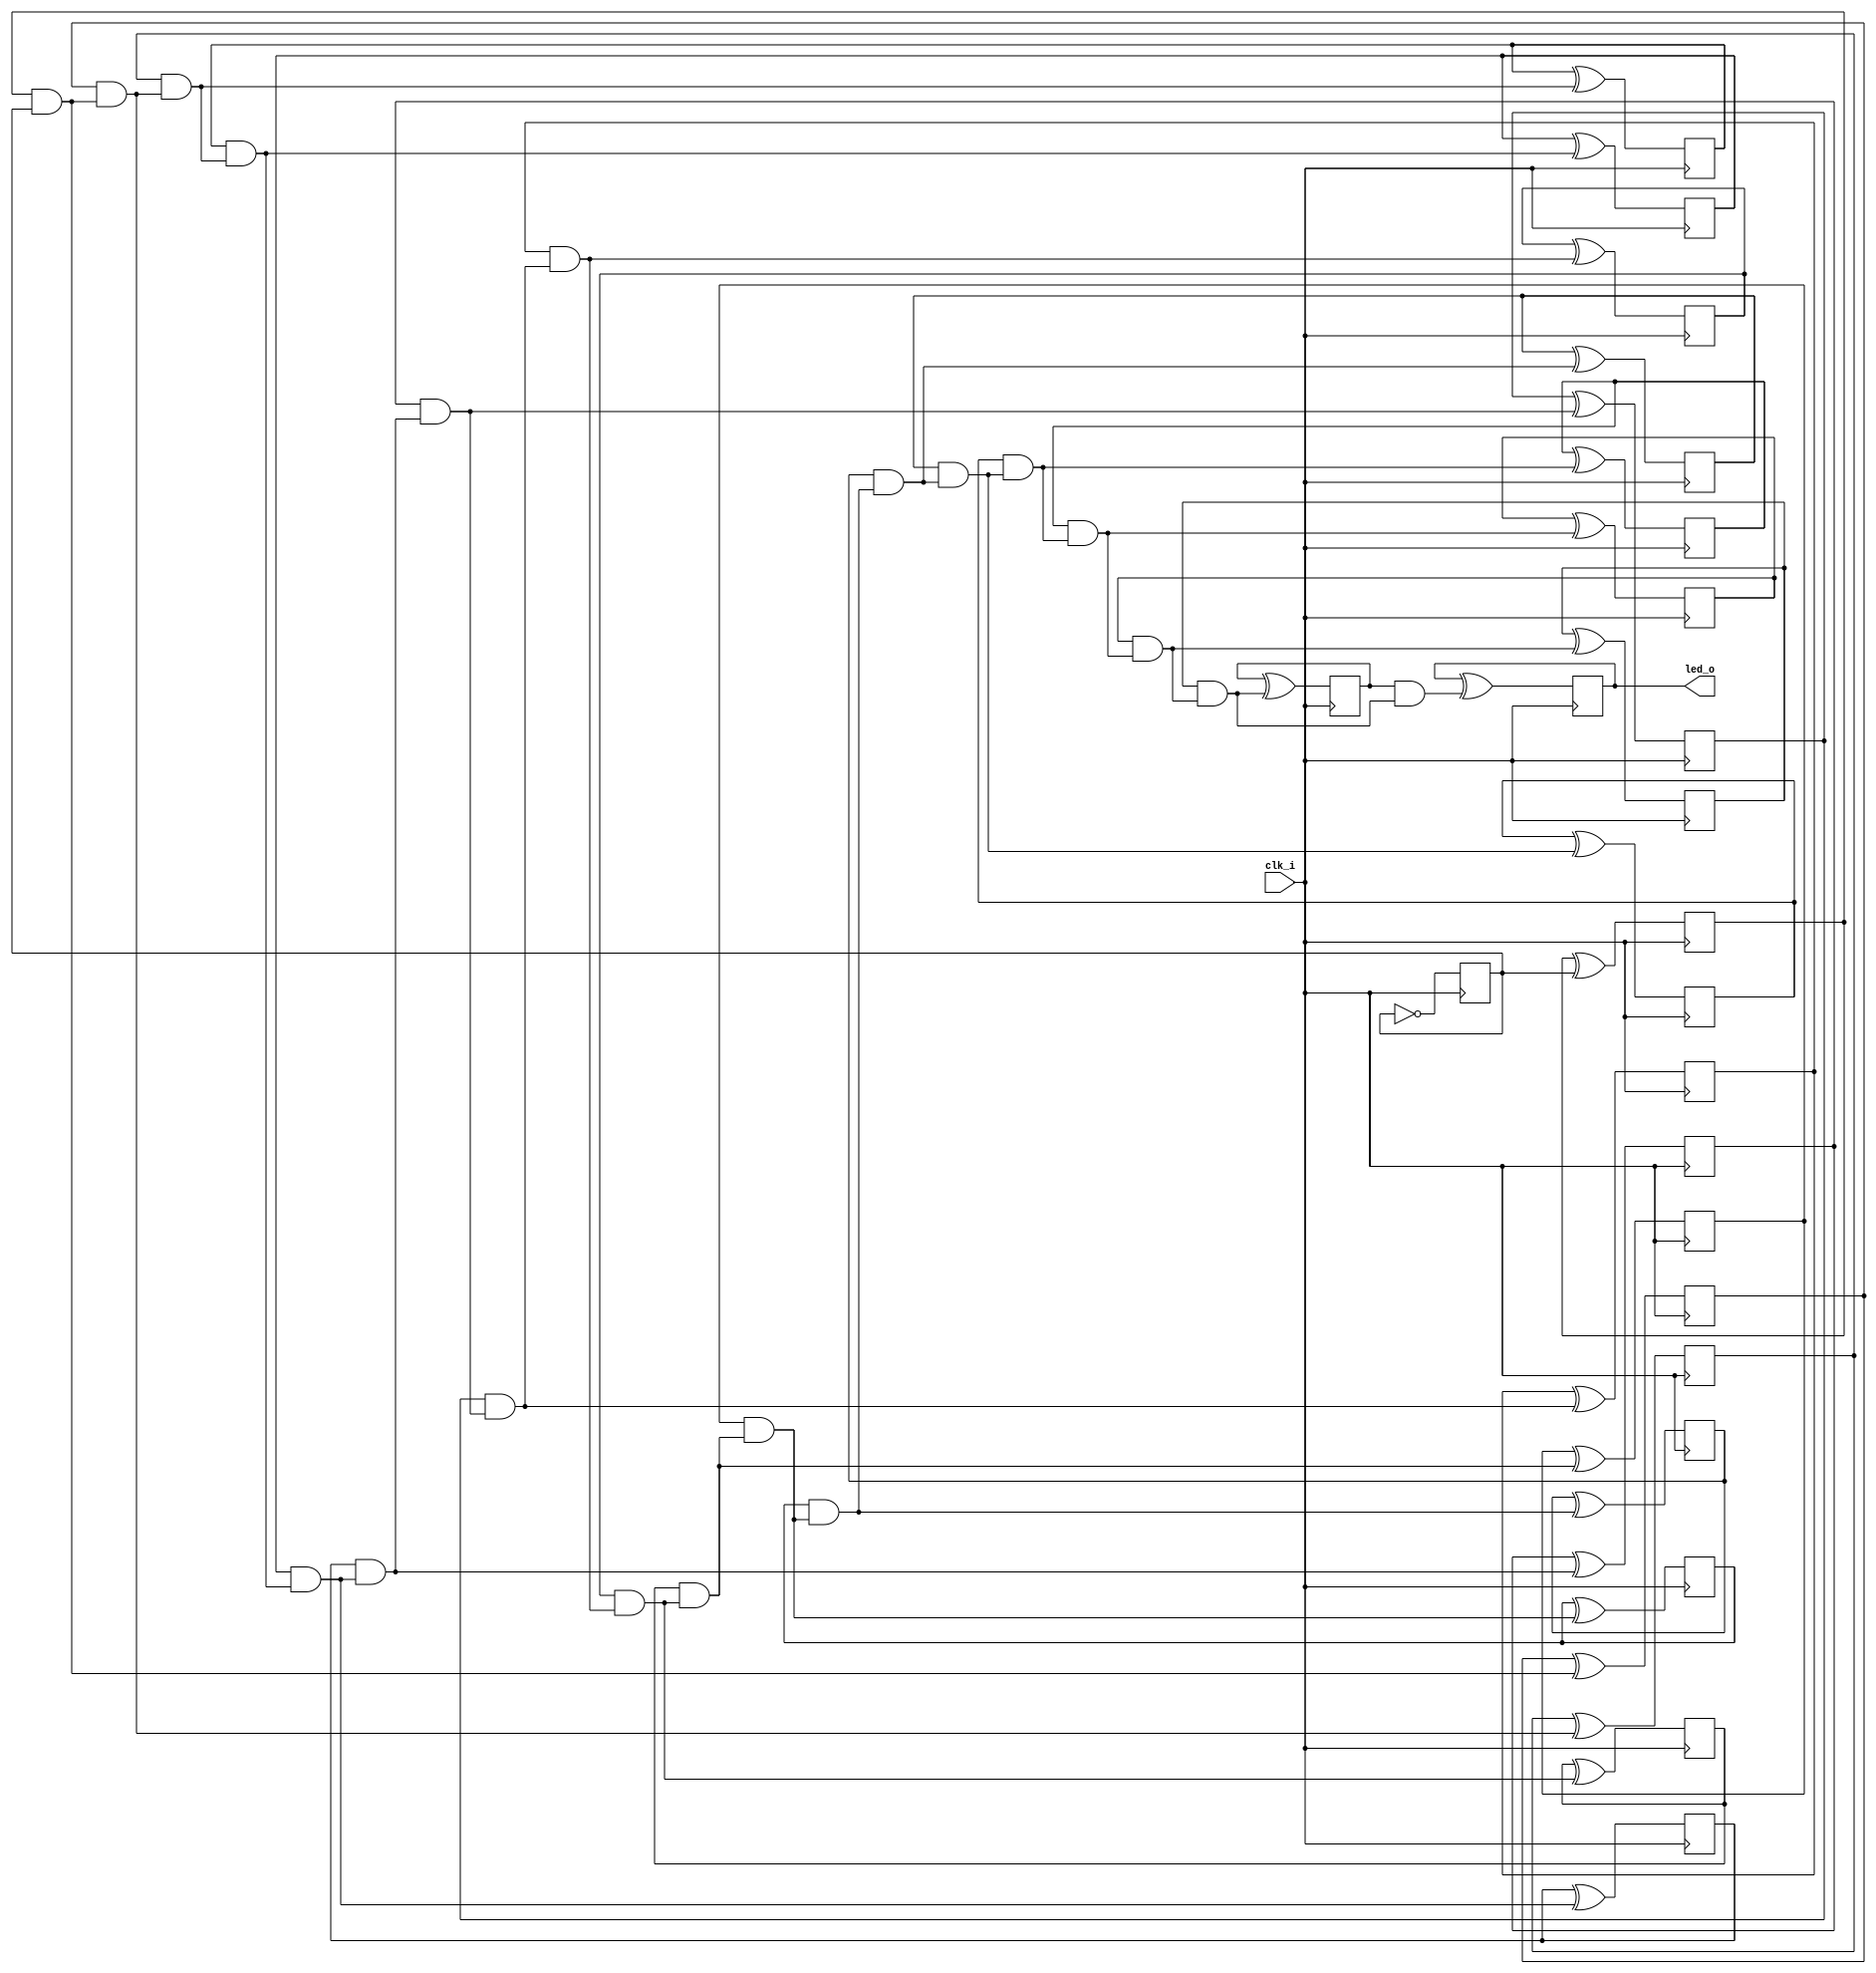
// Generated by MyHDL 0.11


`timescale 1ns/10ps

module blinker (
    clk_i,
    led_o
);
// Inputs:
//   clk_i:  This is a clock signal input.
//   length: This is the number of bits in the counter that generates the led_o output.
// Outputs:
//   led_o:  This is an output signal that drives an LED on and off.

input clk_i;
output led_o;
wire led_o;

wire [21:0] cnt;
wire [21:0] k_one;
wire [21:0] k_next_cnt;
reg k_chunk_insts_0_chunk_insts_21_q_o;
reg k_chunk_insts_0_chunk_insts_20_q_o;
reg k_chunk_insts_0_chunk_insts_19_q_o;
reg k_chunk_insts_0_chunk_insts_12_q_o;
reg k_chunk_insts_0_chunk_insts_18_q_o;
reg k_chunk_insts_0_chunk_insts_17_q_o;
reg k_chunk_insts_0_chunk_insts_16_q_o;
reg k_chunk_insts_0_chunk_insts_15_q_o;
reg k_chunk_insts_0_chunk_insts_14_q_o;
reg k_chunk_insts_0_chunk_insts_13_q_o;
reg k_chunk_insts_0_chunk_insts_11_q_o;
reg k_chunk_insts_0_chunk_insts_10_q_o;
reg k_chunk_insts_0_chunk_insts_9_q_o;
reg k_chunk_insts_0_chunk_insts_8_q_o;
reg k_chunk_insts_0_chunk_insts_7_q_o;
reg k_chunk_insts_0_chunk_insts_6_q_o;
reg k_chunk_insts_0_chunk_insts_3_q_o;
reg k_chunk_insts_0_chunk_insts_5_q_o;
reg k_chunk_insts_0_chunk_insts_4_q_o;
reg k_chunk_insts_0_chunk_insts_2_q_o;
reg k_chunk_insts_0_chunk_insts_1_q_o;
reg k_chunk_insts_0_chunk_insts_0_q_o;
wire [21:0] k_chunk_insts_0_chunk_insts_0_k_a;
wire [22:0] k_k_c;
wire k_k_chunk_insts_5_c_o;
wire k_k_chunk_insts_5_s_o;
wire k_k_chunk_insts_7_c_o;
wire k_k_chunk_insts_7_s_o;
wire k_k_chunk_insts_6_c_o;
wire k_k_chunk_insts_6_s_o;
wire k_k_chunk_insts_17_c_o;
wire k_k_chunk_insts_17_s_o;
wire k_k_chunk_insts_16_c_o;
wire k_k_chunk_insts_16_s_o;
wire k_k_chunk_insts_15_c_o;
wire k_k_chunk_insts_15_s_o;
wire k_k_chunk_insts_18_c_o;
wire k_k_chunk_insts_18_s_o;
wire k_k_chunk_insts_13_c_o;
wire k_k_chunk_insts_13_s_o;
wire k_k_chunk_insts_12_c_o;
wire k_k_chunk_insts_12_s_o;
wire k_k_chunk_insts_14_c_o;
wire k_k_chunk_insts_14_s_o;
wire k_k_chunk_insts_19_c_o;
wire k_k_chunk_insts_19_s_o;
wire k_k_chunk_insts_20_c_o;
wire k_k_chunk_insts_20_s_o;
wire k_k_chunk_insts_10_c_o;
wire k_k_chunk_insts_10_s_o;
wire k_k_chunk_insts_21_c_o;
wire k_k_chunk_insts_21_s_o;
wire k_k_chunk_insts_22_c_o;
wire k_k_chunk_insts_22_s_o;
wire k_k_k_c_o;
wire k_k_k_s_o;
wire k_k_chunk_insts_11_c_o;
wire k_k_chunk_insts_11_s_o;
wire k_k_chunk_insts_4_c_o;
wire k_k_chunk_insts_4_s_o;
wire k_k_chunk_insts_3_c_o;
wire k_k_chunk_insts_3_s_o;
wire k_k_chunk_insts_2_c_o;
wire k_k_chunk_insts_2_s_o;
wire k_k_chunk_insts_1_c_o;
wire k_k_chunk_insts_1_s_o;
wire k_k_chunk_insts_0_c_o;
wire k_k_chunk_insts_0_s_o;
wire [21:0] k_k_chunk_insts_0_chunk_insts_8_a;
wire [22:0] k_k_chunk_insts_0_chunk_insts_9_a;

assign k_one = 22'd1;
assign k_chunk_insts_0_chunk_insts_0_k_a[21] = k_chunk_insts_0_chunk_insts_21_q_o;
assign k_chunk_insts_0_chunk_insts_0_k_a[20] = k_chunk_insts_0_chunk_insts_20_q_o;
assign k_chunk_insts_0_chunk_insts_0_k_a[19] = k_chunk_insts_0_chunk_insts_19_q_o;
assign k_chunk_insts_0_chunk_insts_0_k_a[18] = k_chunk_insts_0_chunk_insts_12_q_o;
assign k_chunk_insts_0_chunk_insts_0_k_a[17] = k_chunk_insts_0_chunk_insts_18_q_o;
assign k_chunk_insts_0_chunk_insts_0_k_a[16] = k_chunk_insts_0_chunk_insts_17_q_o;
assign k_chunk_insts_0_chunk_insts_0_k_a[15] = k_chunk_insts_0_chunk_insts_16_q_o;
assign k_chunk_insts_0_chunk_insts_0_k_a[14] = k_chunk_insts_0_chunk_insts_15_q_o;
assign k_chunk_insts_0_chunk_insts_0_k_a[13] = k_chunk_insts_0_chunk_insts_14_q_o;
assign k_chunk_insts_0_chunk_insts_0_k_a[12] = k_chunk_insts_0_chunk_insts_13_q_o;
assign k_chunk_insts_0_chunk_insts_0_k_a[11] = k_chunk_insts_0_chunk_insts_11_q_o;
assign k_chunk_insts_0_chunk_insts_0_k_a[10] = k_chunk_insts_0_chunk_insts_10_q_o;
assign k_chunk_insts_0_chunk_insts_0_k_a[9] = k_chunk_insts_0_chunk_insts_9_q_o;
assign k_chunk_insts_0_chunk_insts_0_k_a[8] = k_chunk_insts_0_chunk_insts_8_q_o;
assign k_chunk_insts_0_chunk_insts_0_k_a[7] = k_chunk_insts_0_chunk_insts_7_q_o;
assign k_chunk_insts_0_chunk_insts_0_k_a[6] = k_chunk_insts_0_chunk_insts_6_q_o;
assign k_chunk_insts_0_chunk_insts_0_k_a[5] = k_chunk_insts_0_chunk_insts_3_q_o;
assign k_chunk_insts_0_chunk_insts_0_k_a[4] = k_chunk_insts_0_chunk_insts_5_q_o;
assign k_chunk_insts_0_chunk_insts_0_k_a[3] = k_chunk_insts_0_chunk_insts_4_q_o;
assign k_chunk_insts_0_chunk_insts_0_k_a[2] = k_chunk_insts_0_chunk_insts_2_q_o;
assign k_chunk_insts_0_chunk_insts_0_k_a[1] = k_chunk_insts_0_chunk_insts_1_q_o;
assign k_chunk_insts_0_chunk_insts_0_k_a[0] = k_chunk_insts_0_chunk_insts_0_q_o;
assign k_k_chunk_insts_0_chunk_insts_8_a[21] = k_k_chunk_insts_5_s_o;
assign k_k_chunk_insts_0_chunk_insts_8_a[20] = k_k_chunk_insts_7_s_o;
assign k_k_chunk_insts_0_chunk_insts_8_a[19] = k_k_chunk_insts_6_s_o;
assign k_k_chunk_insts_0_chunk_insts_8_a[18] = k_k_chunk_insts_17_s_o;
assign k_k_chunk_insts_0_chunk_insts_8_a[17] = k_k_chunk_insts_16_s_o;
assign k_k_chunk_insts_0_chunk_insts_8_a[16] = k_k_chunk_insts_15_s_o;
assign k_k_chunk_insts_0_chunk_insts_8_a[15] = k_k_chunk_insts_18_s_o;
assign k_k_chunk_insts_0_chunk_insts_8_a[14] = k_k_chunk_insts_13_s_o;
assign k_k_chunk_insts_0_chunk_insts_8_a[13] = k_k_chunk_insts_12_s_o;
assign k_k_chunk_insts_0_chunk_insts_8_a[12] = k_k_chunk_insts_14_s_o;
assign k_k_chunk_insts_0_chunk_insts_8_a[11] = k_k_chunk_insts_19_s_o;
assign k_k_chunk_insts_0_chunk_insts_8_a[10] = k_k_chunk_insts_20_s_o;
assign k_k_chunk_insts_0_chunk_insts_8_a[9] = k_k_chunk_insts_10_s_o;
assign k_k_chunk_insts_0_chunk_insts_8_a[8] = k_k_chunk_insts_21_s_o;
assign k_k_chunk_insts_0_chunk_insts_8_a[7] = k_k_chunk_insts_22_s_o;
assign k_k_chunk_insts_0_chunk_insts_8_a[6] = k_k_k_s_o;
assign k_k_chunk_insts_0_chunk_insts_8_a[5] = k_k_chunk_insts_11_s_o;
assign k_k_chunk_insts_0_chunk_insts_8_a[4] = k_k_chunk_insts_4_s_o;
assign k_k_chunk_insts_0_chunk_insts_8_a[3] = k_k_chunk_insts_3_s_o;
assign k_k_chunk_insts_0_chunk_insts_8_a[2] = k_k_chunk_insts_2_s_o;
assign k_k_chunk_insts_0_chunk_insts_8_a[1] = k_k_chunk_insts_1_s_o;
assign k_k_chunk_insts_0_chunk_insts_8_a[0] = k_k_chunk_insts_0_s_o;
assign k_k_chunk_insts_0_chunk_insts_9_a[22] = k_k_chunk_insts_5_c_o;
assign k_k_chunk_insts_0_chunk_insts_9_a[21] = k_k_chunk_insts_7_c_o;
assign k_k_chunk_insts_0_chunk_insts_9_a[20] = k_k_chunk_insts_6_c_o;
assign k_k_chunk_insts_0_chunk_insts_9_a[19] = k_k_chunk_insts_17_c_o;
assign k_k_chunk_insts_0_chunk_insts_9_a[18] = k_k_chunk_insts_16_c_o;
assign k_k_chunk_insts_0_chunk_insts_9_a[17] = k_k_chunk_insts_15_c_o;
assign k_k_chunk_insts_0_chunk_insts_9_a[16] = k_k_chunk_insts_18_c_o;
assign k_k_chunk_insts_0_chunk_insts_9_a[15] = k_k_chunk_insts_13_c_o;
assign k_k_chunk_insts_0_chunk_insts_9_a[14] = k_k_chunk_insts_12_c_o;
assign k_k_chunk_insts_0_chunk_insts_9_a[13] = k_k_chunk_insts_14_c_o;
assign k_k_chunk_insts_0_chunk_insts_9_a[12] = k_k_chunk_insts_19_c_o;
assign k_k_chunk_insts_0_chunk_insts_9_a[11] = k_k_chunk_insts_20_c_o;
assign k_k_chunk_insts_0_chunk_insts_9_a[10] = k_k_chunk_insts_10_c_o;
assign k_k_chunk_insts_0_chunk_insts_9_a[9] = k_k_chunk_insts_21_c_o;
assign k_k_chunk_insts_0_chunk_insts_9_a[8] = k_k_chunk_insts_22_c_o;
assign k_k_chunk_insts_0_chunk_insts_9_a[7] = k_k_k_c_o;
assign k_k_chunk_insts_0_chunk_insts_9_a[6] = k_k_chunk_insts_11_c_o;
assign k_k_chunk_insts_0_chunk_insts_9_a[5] = k_k_chunk_insts_4_c_o;
assign k_k_chunk_insts_0_chunk_insts_9_a[4] = k_k_chunk_insts_3_c_o;
assign k_k_chunk_insts_0_chunk_insts_9_a[3] = k_k_chunk_insts_2_c_o;
assign k_k_chunk_insts_0_chunk_insts_9_a[2] = k_k_chunk_insts_1_c_o;
assign k_k_chunk_insts_0_chunk_insts_9_a[1] = k_k_chunk_insts_0_c_o;
assign k_k_chunk_insts_0_chunk_insts_9_a[0] = 0;



assign led_o = cnt[(22 - 1)];


always @(posedge clk_i) begin: BLINKER_LOC_INSTS_CHUNK_INSTS_K_LOC_INSTS_CHUNK_INSTS_0_LOC_INSTS_CHUNK_INSTS_0_LOC_INSTS_CHUNK_INSTS_K
    k_chunk_insts_0_chunk_insts_0_q_o <= k_next_cnt[0];
end


always @(posedge clk_i) begin: BLINKER_LOC_INSTS_CHUNK_INSTS_K_LOC_INSTS_CHUNK_INSTS_0_LOC_INSTS_CHUNK_INSTS_1_LOC_INSTS_CHUNK_INSTS_K
    k_chunk_insts_0_chunk_insts_1_q_o <= k_next_cnt[1];
end


always @(posedge clk_i) begin: BLINKER_LOC_INSTS_CHUNK_INSTS_K_LOC_INSTS_CHUNK_INSTS_0_LOC_INSTS_CHUNK_INSTS_2_LOC_INSTS_CHUNK_INSTS_K
    k_chunk_insts_0_chunk_insts_2_q_o <= k_next_cnt[2];
end


always @(posedge clk_i) begin: BLINKER_LOC_INSTS_CHUNK_INSTS_K_LOC_INSTS_CHUNK_INSTS_0_LOC_INSTS_CHUNK_INSTS_3_LOC_INSTS_CHUNK_INSTS_K
    k_chunk_insts_0_chunk_insts_3_q_o <= k_next_cnt[5];
end


always @(posedge clk_i) begin: BLINKER_LOC_INSTS_CHUNK_INSTS_K_LOC_INSTS_CHUNK_INSTS_0_LOC_INSTS_CHUNK_INSTS_4_LOC_INSTS_CHUNK_INSTS_K
    k_chunk_insts_0_chunk_insts_4_q_o <= k_next_cnt[3];
end


always @(posedge clk_i) begin: BLINKER_LOC_INSTS_CHUNK_INSTS_K_LOC_INSTS_CHUNK_INSTS_0_LOC_INSTS_CHUNK_INSTS_5_LOC_INSTS_CHUNK_INSTS_K
    k_chunk_insts_0_chunk_insts_5_q_o <= k_next_cnt[4];
end


always @(posedge clk_i) begin: BLINKER_LOC_INSTS_CHUNK_INSTS_K_LOC_INSTS_CHUNK_INSTS_0_LOC_INSTS_CHUNK_INSTS_6_LOC_INSTS_CHUNK_INSTS_K
    k_chunk_insts_0_chunk_insts_6_q_o <= k_next_cnt[6];
end


always @(posedge clk_i) begin: BLINKER_LOC_INSTS_CHUNK_INSTS_K_LOC_INSTS_CHUNK_INSTS_0_LOC_INSTS_CHUNK_INSTS_7_LOC_INSTS_CHUNK_INSTS_K
    k_chunk_insts_0_chunk_insts_7_q_o <= k_next_cnt[7];
end


always @(posedge clk_i) begin: BLINKER_LOC_INSTS_CHUNK_INSTS_K_LOC_INSTS_CHUNK_INSTS_0_LOC_INSTS_CHUNK_INSTS_8_LOC_INSTS_CHUNK_INSTS_K
    k_chunk_insts_0_chunk_insts_8_q_o <= k_next_cnt[8];
end


always @(posedge clk_i) begin: BLINKER_LOC_INSTS_CHUNK_INSTS_K_LOC_INSTS_CHUNK_INSTS_0_LOC_INSTS_CHUNK_INSTS_9_LOC_INSTS_CHUNK_INSTS_K
    k_chunk_insts_0_chunk_insts_9_q_o <= k_next_cnt[9];
end


always @(posedge clk_i) begin: BLINKER_LOC_INSTS_CHUNK_INSTS_K_LOC_INSTS_CHUNK_INSTS_0_LOC_INSTS_CHUNK_INSTS_10_LOC_INSTS_CHUNK_INSTS_K
    k_chunk_insts_0_chunk_insts_10_q_o <= k_next_cnt[10];
end


always @(posedge clk_i) begin: BLINKER_LOC_INSTS_CHUNK_INSTS_K_LOC_INSTS_CHUNK_INSTS_0_LOC_INSTS_CHUNK_INSTS_11_LOC_INSTS_CHUNK_INSTS_K
    k_chunk_insts_0_chunk_insts_11_q_o <= k_next_cnt[11];
end


always @(posedge clk_i) begin: BLINKER_LOC_INSTS_CHUNK_INSTS_K_LOC_INSTS_CHUNK_INSTS_0_LOC_INSTS_CHUNK_INSTS_12_LOC_INSTS_CHUNK_INSTS_K
    k_chunk_insts_0_chunk_insts_12_q_o <= k_next_cnt[18];
end


always @(posedge clk_i) begin: BLINKER_LOC_INSTS_CHUNK_INSTS_K_LOC_INSTS_CHUNK_INSTS_0_LOC_INSTS_CHUNK_INSTS_13_LOC_INSTS_CHUNK_INSTS_K
    k_chunk_insts_0_chunk_insts_13_q_o <= k_next_cnt[12];
end


always @(posedge clk_i) begin: BLINKER_LOC_INSTS_CHUNK_INSTS_K_LOC_INSTS_CHUNK_INSTS_0_LOC_INSTS_CHUNK_INSTS_14_LOC_INSTS_CHUNK_INSTS_K
    k_chunk_insts_0_chunk_insts_14_q_o <= k_next_cnt[13];
end


always @(posedge clk_i) begin: BLINKER_LOC_INSTS_CHUNK_INSTS_K_LOC_INSTS_CHUNK_INSTS_0_LOC_INSTS_CHUNK_INSTS_15_LOC_INSTS_CHUNK_INSTS_K
    k_chunk_insts_0_chunk_insts_15_q_o <= k_next_cnt[14];
end


always @(posedge clk_i) begin: BLINKER_LOC_INSTS_CHUNK_INSTS_K_LOC_INSTS_CHUNK_INSTS_0_LOC_INSTS_CHUNK_INSTS_16_LOC_INSTS_CHUNK_INSTS_K
    k_chunk_insts_0_chunk_insts_16_q_o <= k_next_cnt[15];
end


always @(posedge clk_i) begin: BLINKER_LOC_INSTS_CHUNK_INSTS_K_LOC_INSTS_CHUNK_INSTS_0_LOC_INSTS_CHUNK_INSTS_17_LOC_INSTS_CHUNK_INSTS_K
    k_chunk_insts_0_chunk_insts_17_q_o <= k_next_cnt[16];
end


always @(posedge clk_i) begin: BLINKER_LOC_INSTS_CHUNK_INSTS_K_LOC_INSTS_CHUNK_INSTS_0_LOC_INSTS_CHUNK_INSTS_18_LOC_INSTS_CHUNK_INSTS_K
    k_chunk_insts_0_chunk_insts_18_q_o <= k_next_cnt[17];
end


always @(posedge clk_i) begin: BLINKER_LOC_INSTS_CHUNK_INSTS_K_LOC_INSTS_CHUNK_INSTS_0_LOC_INSTS_CHUNK_INSTS_19_LOC_INSTS_CHUNK_INSTS_K
    k_chunk_insts_0_chunk_insts_19_q_o <= k_next_cnt[19];
end


always @(posedge clk_i) begin: BLINKER_LOC_INSTS_CHUNK_INSTS_K_LOC_INSTS_CHUNK_INSTS_0_LOC_INSTS_CHUNK_INSTS_20_LOC_INSTS_CHUNK_INSTS_K
    k_chunk_insts_0_chunk_insts_20_q_o <= k_next_cnt[20];
end


always @(posedge clk_i) begin: BLINKER_LOC_INSTS_CHUNK_INSTS_K_LOC_INSTS_CHUNK_INSTS_0_LOC_INSTS_CHUNK_INSTS_21_LOC_INSTS_CHUNK_INSTS_K
    k_chunk_insts_0_chunk_insts_21_q_o <= k_next_cnt[21];
end



assign cnt = k_chunk_insts_0_chunk_insts_0_k_a;



assign k_k_chunk_insts_0_s_o = ((k_one[0] ^ cnt[0]) ^ k_k_c[0]);
assign k_k_chunk_insts_0_c_o = (((k_one[0] & cnt[0]) | (k_one[0] & k_k_c[0])) | (cnt[0] & k_k_c[0]));



assign k_k_chunk_insts_1_s_o = ((k_one[1] ^ cnt[1]) ^ k_k_c[1]);
assign k_k_chunk_insts_1_c_o = (((k_one[1] & cnt[1]) | (k_one[1] & k_k_c[1])) | (cnt[1] & k_k_c[1]));



assign k_k_chunk_insts_2_s_o = ((k_one[2] ^ cnt[2]) ^ k_k_c[2]);
assign k_k_chunk_insts_2_c_o = (((k_one[2] & cnt[2]) | (k_one[2] & k_k_c[2])) | (cnt[2] & k_k_c[2]));



assign k_k_chunk_insts_3_s_o = ((k_one[3] ^ cnt[3]) ^ k_k_c[3]);
assign k_k_chunk_insts_3_c_o = (((k_one[3] & cnt[3]) | (k_one[3] & k_k_c[3])) | (cnt[3] & k_k_c[3]));



assign k_k_chunk_insts_4_s_o = ((k_one[4] ^ cnt[4]) ^ k_k_c[4]);
assign k_k_chunk_insts_4_c_o = (((k_one[4] & cnt[4]) | (k_one[4] & k_k_c[4])) | (cnt[4] & k_k_c[4]));



assign k_k_chunk_insts_5_s_o = ((k_one[21] ^ cnt[21]) ^ k_k_c[21]);
assign k_k_chunk_insts_5_c_o = (((k_one[21] & cnt[21]) | (k_one[21] & k_k_c[21])) | (cnt[21] & k_k_c[21]));



assign k_k_chunk_insts_6_s_o = ((k_one[19] ^ cnt[19]) ^ k_k_c[19]);
assign k_k_chunk_insts_6_c_o = (((k_one[19] & cnt[19]) | (k_one[19] & k_k_c[19])) | (cnt[19] & k_k_c[19]));



assign k_k_chunk_insts_7_s_o = ((k_one[20] ^ cnt[20]) ^ k_k_c[20]);
assign k_k_chunk_insts_7_c_o = (((k_one[20] & cnt[20]) | (k_one[20] & k_k_c[20])) | (cnt[20] & k_k_c[20]));



assign k_next_cnt = k_k_chunk_insts_0_chunk_insts_8_a;



assign k_k_c = k_k_chunk_insts_0_chunk_insts_9_a;



assign k_k_chunk_insts_10_s_o = ((k_one[9] ^ cnt[9]) ^ k_k_c[9]);
assign k_k_chunk_insts_10_c_o = (((k_one[9] & cnt[9]) | (k_one[9] & k_k_c[9])) | (cnt[9] & k_k_c[9]));



assign k_k_chunk_insts_11_s_o = ((k_one[5] ^ cnt[5]) ^ k_k_c[5]);
assign k_k_chunk_insts_11_c_o = (((k_one[5] & cnt[5]) | (k_one[5] & k_k_c[5])) | (cnt[5] & k_k_c[5]));



assign k_k_chunk_insts_12_s_o = ((k_one[13] ^ cnt[13]) ^ k_k_c[13]);
assign k_k_chunk_insts_12_c_o = (((k_one[13] & cnt[13]) | (k_one[13] & k_k_c[13])) | (cnt[13] & k_k_c[13]));



assign k_k_chunk_insts_13_s_o = ((k_one[14] ^ cnt[14]) ^ k_k_c[14]);
assign k_k_chunk_insts_13_c_o = (((k_one[14] & cnt[14]) | (k_one[14] & k_k_c[14])) | (cnt[14] & k_k_c[14]));



assign k_k_chunk_insts_14_s_o = ((k_one[12] ^ cnt[12]) ^ k_k_c[12]);
assign k_k_chunk_insts_14_c_o = (((k_one[12] & cnt[12]) | (k_one[12] & k_k_c[12])) | (cnt[12] & k_k_c[12]));



assign k_k_chunk_insts_15_s_o = ((k_one[16] ^ cnt[16]) ^ k_k_c[16]);
assign k_k_chunk_insts_15_c_o = (((k_one[16] & cnt[16]) | (k_one[16] & k_k_c[16])) | (cnt[16] & k_k_c[16]));



assign k_k_chunk_insts_16_s_o = ((k_one[17] ^ cnt[17]) ^ k_k_c[17]);
assign k_k_chunk_insts_16_c_o = (((k_one[17] & cnt[17]) | (k_one[17] & k_k_c[17])) | (cnt[17] & k_k_c[17]));



assign k_k_chunk_insts_17_s_o = ((k_one[18] ^ cnt[18]) ^ k_k_c[18]);
assign k_k_chunk_insts_17_c_o = (((k_one[18] & cnt[18]) | (k_one[18] & k_k_c[18])) | (cnt[18] & k_k_c[18]));



assign k_k_chunk_insts_18_s_o = ((k_one[15] ^ cnt[15]) ^ k_k_c[15]);
assign k_k_chunk_insts_18_c_o = (((k_one[15] & cnt[15]) | (k_one[15] & k_k_c[15])) | (cnt[15] & k_k_c[15]));



assign k_k_chunk_insts_19_s_o = ((k_one[11] ^ cnt[11]) ^ k_k_c[11]);
assign k_k_chunk_insts_19_c_o = (((k_one[11] & cnt[11]) | (k_one[11] & k_k_c[11])) | (cnt[11] & k_k_c[11]));



assign k_k_chunk_insts_20_s_o = ((k_one[10] ^ cnt[10]) ^ k_k_c[10]);
assign k_k_chunk_insts_20_c_o = (((k_one[10] & cnt[10]) | (k_one[10] & k_k_c[10])) | (cnt[10] & k_k_c[10]));



assign k_k_chunk_insts_21_s_o = ((k_one[8] ^ cnt[8]) ^ k_k_c[8]);
assign k_k_chunk_insts_21_c_o = (((k_one[8] & cnt[8]) | (k_one[8] & k_k_c[8])) | (cnt[8] & k_k_c[8]));



assign k_k_chunk_insts_22_s_o = ((k_one[7] ^ cnt[7]) ^ k_k_c[7]);
assign k_k_chunk_insts_22_c_o = (((k_one[7] & cnt[7]) | (k_one[7] & k_k_c[7])) | (cnt[7] & k_k_c[7]));



assign k_k_k_s_o = ((k_one[6] ^ cnt[6]) ^ k_k_c[6]);
assign k_k_k_c_o = (((k_one[6] & cnt[6]) | (k_one[6] & k_k_c[6])) | (cnt[6] & k_k_c[6]));

endmodule